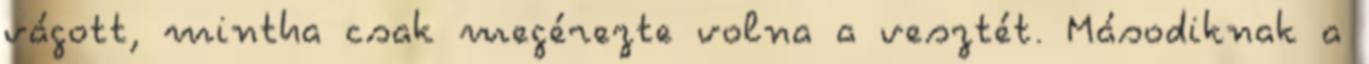
vágott, mintha csak megérezte volna a vesztét. Másodiknak a